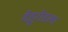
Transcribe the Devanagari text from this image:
देहूरोडला